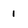
Character: 1